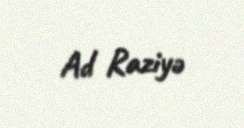
Ad Raziyə